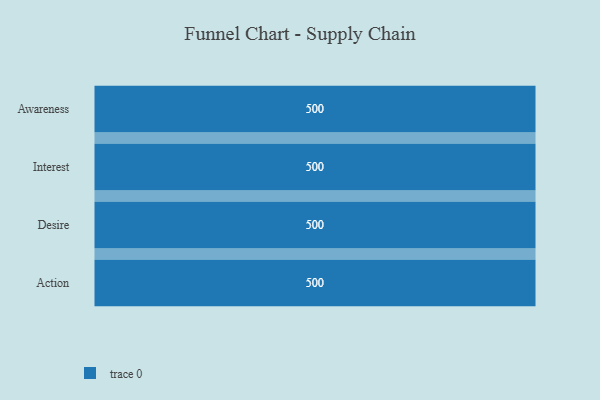
{"axis": {"x": "Stage", "y": "Value"}, "legend": [""], "data": [{"x": "Awareness", "y": 500, "type": ""}, {"x": "Interest", "y": 500, "type": ""}, {"x": "Desire", "y": 500, "type": ""}, {"x": "Action", "y": 500, "type": ""}]}